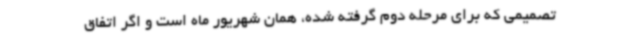
تصمیمی که برای مرحله دوم گرفته شده، همان شهریور ماه است و اگر اتفاق